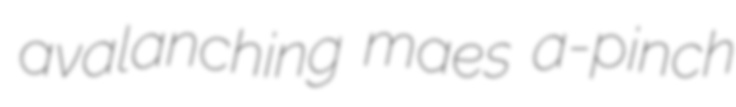
avalanching maes a-pinch